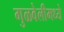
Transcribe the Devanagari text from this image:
गुळवेलीमध्ये